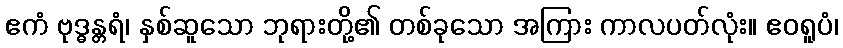
ဧကံ ဗုဒ္ဓန္တရံ၊ နှစ်ဆူသော ဘုရားတို့၏ တစ်ခုသော အကြား ကာလပတ်လုံး။ ဧဝရူပံ၊